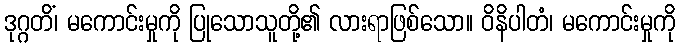
ဒုဂ္ဂတိံ၊ မကောင်းမှုကို ပြုသောသူတို့၏ လားရာဖြစ်သော။ ဝိနိပါတံ၊ မကောင်းမှုကို